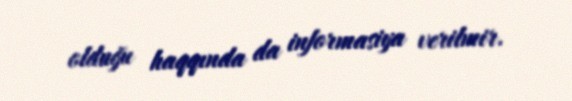
olduğu haqqında da informasiya verilmir.